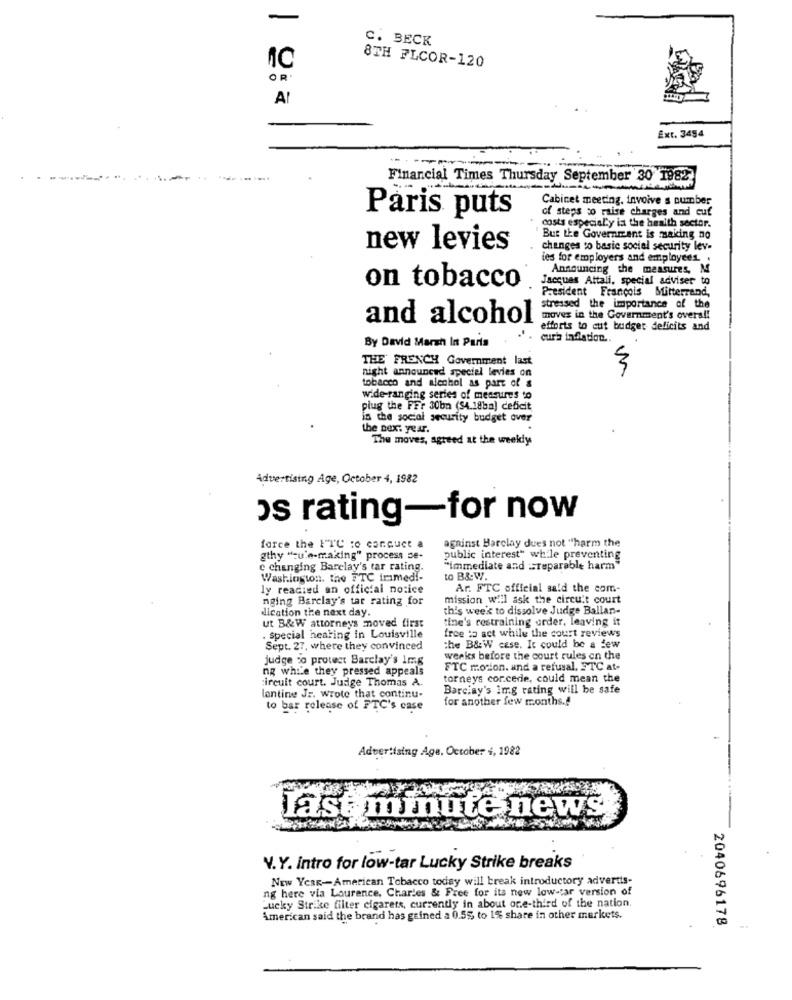
-
C. BECK
8TH FLCOR-120
OR .
Al
Ext. 3494
Financial Times Thursday September 30 1982
Cabinet meeting. invoive s cumber
of steps to raise charges and cuf
Paris puts
costs especialy is the health sector.
But the Government is making no
new levies
changes to basic social security lev-
les for employers and employees. .
Announcing the measures, M
on tobacco
Jacques Attali, special adviser to
President François Mitterrand,
stressed the importance of the
and alcohol
moves in the Government's overa !!
efforts to cut budget deficits and
By David Marsh In Parts
cura inflation ..
THE FRENCH Government last
night announced speciel levies on
3
tobacco and alechol as part of &
wide-ranging series of measures to
plug the FFr 30bn (54.18ba) deficit
in the social security budget over
the next year.
The moves, agreed at the weekdy
Advertising Age, October 4, 1982
os rating-for now
force the FTC to conduct a
against Barclay dues not "harm the
gthy "cule-making" process se-
public interest" while preventing
c changing Barelay's tar rating.
"immediate and =reparable harm"
Washington. the TTC irimed !-
to B&W.
ly readied an official notice
Ar. FTC official said the com-
nging Barclay's tar rating for
mission will ask the circuit court
dication the next day.
th's week to dissolve Judge Ballan-
tine's restraining order, leaving it
ut B&W attorneys moved first
. special hearing in Louisville
free to act while the court reviews
Sept. 27, where they convinced
the B&W case. It could be a few
judge % protect Barclay's 1mg
weeks before the court rules on the
ng while they pressed appeals
FTC motion. and a refusal, FTC at-
circuit court. Judge Thomas A.
torneys cor.cerie, could mean the
Barciay's Img rating will be safe
lantine JE. wrote that continu-
for another few months .!
to bar release of FTC's case
Advertising Age. October 4, 1982
Last minute news
V.Y. intro for low-tar Lucky Strike breaks
NEW YORK-American Tobacco today will break introductory advertis-
ng here via Laurence, Charles & Free for its new low-tar version of
Lucky Strike filter cigarets, currently in about one-third of the nation.
American said the brand has gained a 0.5% to 1% share in other markets.
2040696178